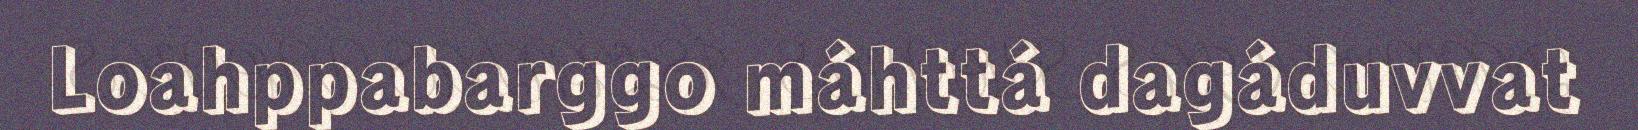
Loahppabarggo máhttá dagáduvvat